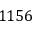
1 1 5 6